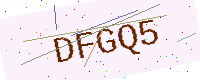
Text: DFGQ5